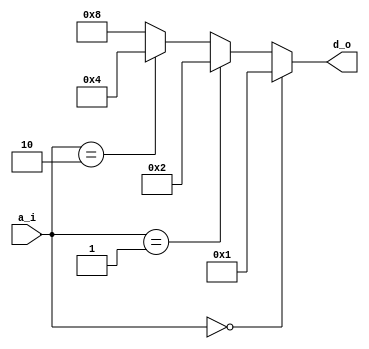
`timescale 1ns / 1ps
//////////////////////////////////////////////////////////////////////////////////
// Company: 
// Engineer: 
// 
// Design Name: 
// Module Name: decoder_2_4
// Project Name: 
// Target Devices: 
// Tool Versions: 
// Description: 
// 
// Dependencies: 
// 
// Revision:
// Revision 0.01 - File Created
// Additional Comments:
// 
//////////////////////////////////////////////////////////////////////////////////


module decoder_2_4
(
input [1:0] a_i,
output [3:0] d_o
);


assign d_o =    (a_i == 2'b00) ? 4'b0001 :
                (a_i == 2'b01) ? 4'b0010 :
                (a_i == 2'b10) ? 4'b0100 :
                                 4'b1000;


endmodule